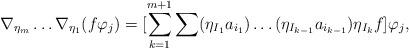
LaTeX: \begin{align*}\nabla_{\eta_m}\ldots\nabla_{\eta_1}(f\varphi_j) =[\sum\limits_{k=1}^{m+1} \sum (\eta_{I_1}a_{i_1})\ldots (\eta_{I_{k-1}}a_{i_{k-1}})\eta_{I_k}f]\varphi_j,\end{align*}